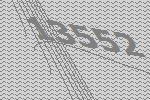
13552